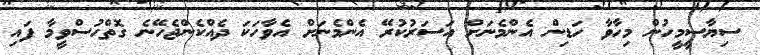
ސިޔާސީމީހުން މިހާވާ ހަޑިން އެންމެނަށް އަސަރުކުރޭ އެންމެނަށް އެވާހަކަ ދެއްކެންޖެހޭނެ ގޮތްހުސްވީމާ ފައި